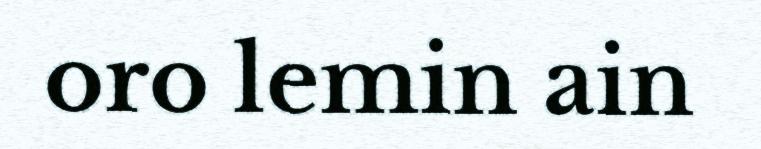
oro lemin ain